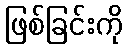
ဖြစ်ခြင်းကို